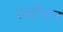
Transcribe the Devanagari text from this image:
शादीखान